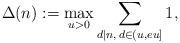
LaTeX: \begin{align*}\Delta(n):= \max_{u>0} \sum_{d \mid n, \, d \in (u,eu]} 1,\end{align*}